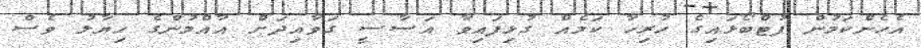
އެހެންކަމުން ފުޓްބޯޅައިގެ ހުރިހާ ކަމެއް ގުޅިފައިވާ އަސާސީ ގަވާއިދަށް އާއްމުންގެ ހިޔާލު ވެސް